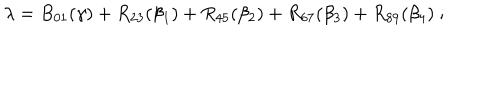
\lambda = B _ { 0 1 } ( \gamma ) + R _ { 2 3 } ( \beta _ { 1 } ) + R _ { 4 5 } ( \beta _ { 2 } ) + R _ { 6 7 } ( \beta _ { 3 } ) + R _ { 8 9 } ( \beta _ { 4 } ) ~ ;